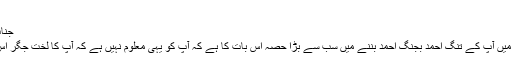
تنگ احمد بجنگ احمد
جناب تنگ احمد بجنگ احمد،
میری سرشت اورتجربے میں آپ کے تنگ احمد بجنگ احمد بننے میں سب سے بڑا حصہ اِس بات کا ہے کہ آپ کو یہی معلوم نہیں ہے کہ آپ کا لختِ جگر اِس دلدل سے نکلے کیسے؟